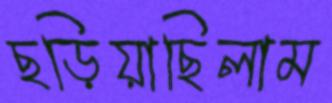
ছড়িয়াছিলাম